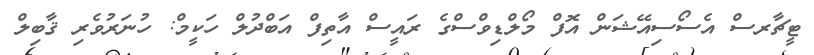
ޓީޗާރސް އެސޯސިއޭޝަން އޮފް މޯލްޑިވްސްގެ ރައީސް އާތިފް އަބްދުލް ހަކީމް: ހުނަރުވެރި ޤާބިލް